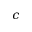
c